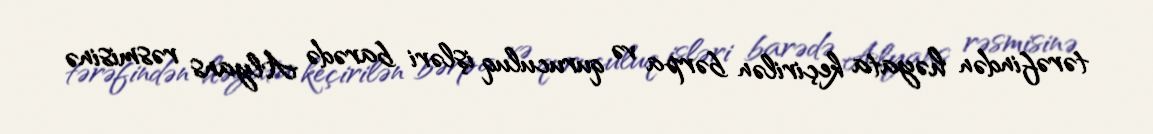
tərəfindən həyata keçirilən bərpa və quruculuq işləri barədə Alyans rəsmisinə